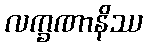
လက္ခဏာနိဿ